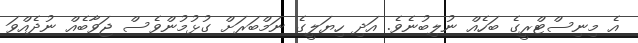
އެ މިނިސްޓްރީގެ ބަހެއް ނުލިބުނެވެ. އަދި ހިޔަލީގެ ނަމްބަރަށް ގުޅުމުންވެސް ޖަވާބެއް ނުދެއްވަ